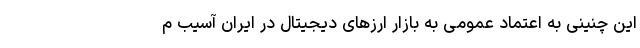
این چنینی به اعتماد عمومی به بازار ارزهای دیجیتال در ایران آسیب م